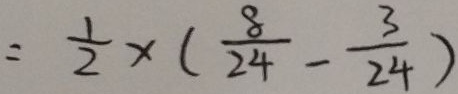
= \frac { 1 } { 2 } \times ( \frac { 8 } { 2 4 } - \frac { 3 } { 2 4 } )